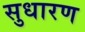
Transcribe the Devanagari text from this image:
सुधारण